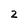
Character: z